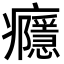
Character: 癮